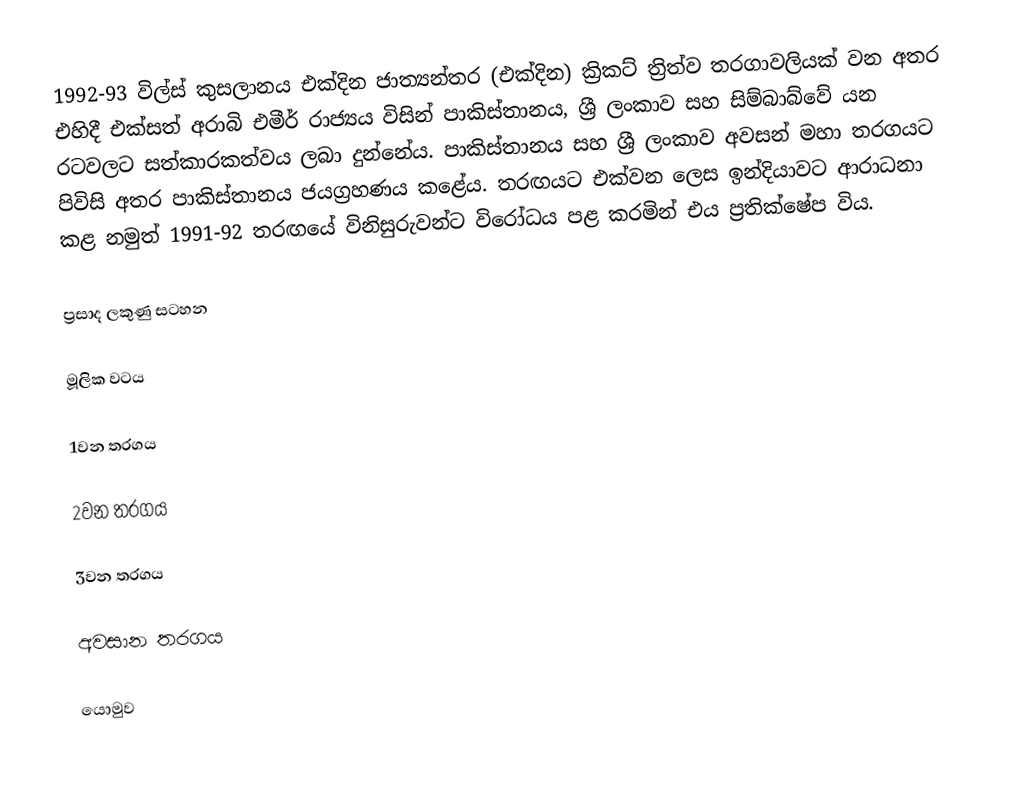
1992-93 විල්ස් කුසලානය එක්දින ජාත්‍යන්තර (එක්දින) ක්‍රිකට් ත්‍රිත්ව තරගාවලියක් වන අතර එහිදී එක්සත් අරාබි එමීර් රාජ්‍යය විසින් පාකිස්තානය, ශ්‍රී ලංකාව සහ සිම්බාබ්වේ යන රටවලට සත්කාරකත්වය ලබා දුන්නේය. පාකිස්තානය සහ ශ්‍රී ලංකාව අවසන් මහා තරගයට පිවිසි අතර පාකිස්තානය ජයග්‍රහණය කළේය. තරඟයට එක්වන ලෙස ඉන්දියාවට ආරාධනා කළ නමුත් 1991-92 තරඟයේ විනිසුරුවන්ට විරෝධය පළ කරමින් එය ප්‍රතික්ෂේප විය.

ප්‍රසාද ලකුණු සටහන

මූලික වටය

1වන තරගය

2වන තරගය

3වන තරගය

අවසාන තරගය

යොමුව